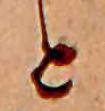
と